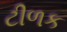
ટીળક